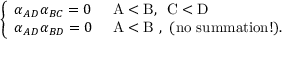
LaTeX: \left\{ \begin{array} { l l } { { \alpha _ { A D } \alpha _ { B C } = 0 } } & { { \mathrm { ~ A < B , \, ~ C < D ~ } } } \\ { { \alpha _ { A D } \alpha _ { B D } = 0 } } & { { \mathrm { ~ A < B ~ , ~ ( n o ~ s u m m a t i o n ! ) . } } } \end{array} \right.